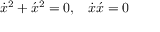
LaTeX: \dot { x } ^ { 2 } + \acute { x } ^ { 2 } = 0 , \; \; \; \dot { x } \acute { x } = 0